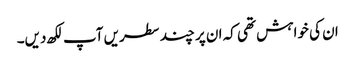
ان کی خواہش تھی کہ ان پر چند سطریں آپ لکھ دیں۔